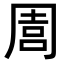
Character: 𠵁